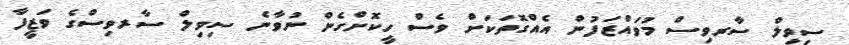
ސިިވިލް ސާރވިސް މުވައްޒަފުން އެެއްގޮތަކަށް ވެސް ހީކޮށްގެން ނުވާނެ ސިވިލް ސާރވިސްގެ ވަޒީފާ